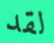
لقد